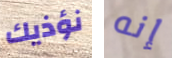
نؤذيك إنه